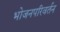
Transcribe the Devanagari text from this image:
भोजनपरिवर्तन